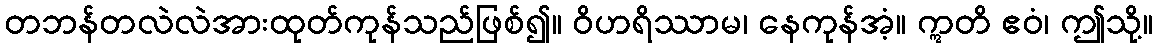
တဘန်တလဲလဲအားထုတ်ကုန်သည်ဖြစ်၍။ ဝိဟရိဿာမ၊ နေကုန်အံ့။ ဣတိ ဧဝံ၊ ဤသို့။